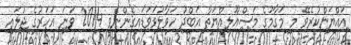
އައްޔަންކުރެވޭ މި މަގާމުގެ މަސްއޫލިއްޔަތާ އަބްދު ހަވާލުވަވަޑައިގެންނެވީ 2014 ވަނަ އަހަރުގެ ޖުލައި